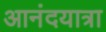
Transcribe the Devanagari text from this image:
आनंदयात्रा